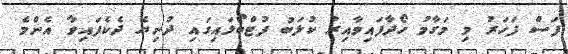
ފަސް ފަހަރު މި މަގާމު ހޯދާފައިވާއިރު ކުލަބު ފުޓްބޯޅައިގައި ދުނިޔެ ދެކެފައިވާ އެންމެ